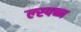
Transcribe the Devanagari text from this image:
ल्स्फ्ब्न